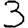
Digit: 3